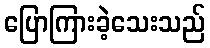
ပြောကြားခဲ့သေးသည်